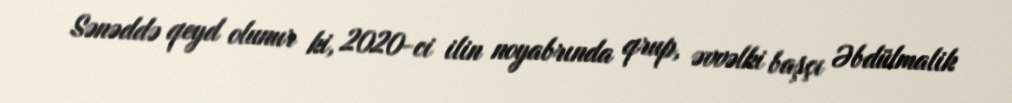
Sənəddə qeyd olunur ki, 2020-ci ilin noyabrında qrup, əvvəlki başçı Əbdülmalik